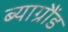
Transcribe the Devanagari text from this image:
ब्याग्रौंड